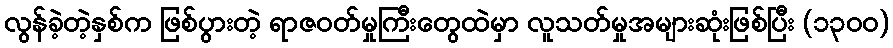
လွန်ခဲ့တဲ့နှစ်က ဖြစ်ပွားတဲ့ ရာဇဝတ်မှုကြီးတွေထဲမှာ လူသတ်မှုအများဆုံးဖြစ်ပြီး (၁၃၀၀)